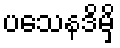
ပသေနဒိမှိ